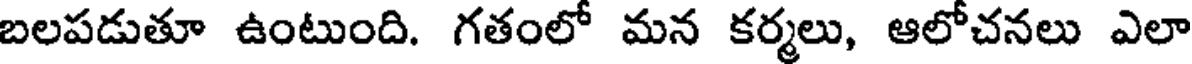
బలపడుతూ ఉంటుంది. గతంలో మన కర్మలు, ఆలోచనలు ఎలా